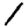
Digit: 1